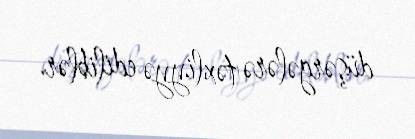
düşərgələrə təxliyyə ediliblər.